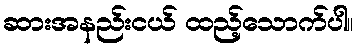
ဆားအနည်းငယ် ထည့်သောက်ပါ။